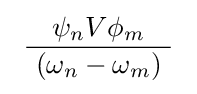
\ {\frac {\ \psi _{n}V\phi _{m}\ }{\ (\omega _{n}-\omega _{m})\ }}\